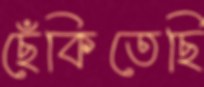
ছেঁকিতেছি